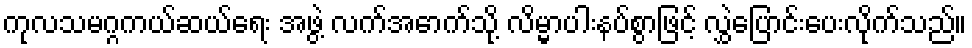
ကုလသမဂ္ဂကယ်ဆယ်ရေး အဖွဲ့ လက်အောက်သို့ လိမ္မာပါးနပ်စွာဖြင့် လွှဲပြောင်းပေးလိုက်သည်။